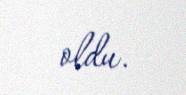
oldu.